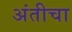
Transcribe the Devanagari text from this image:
अंतीचा